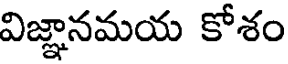
విజ్ఞానమయ కోశం